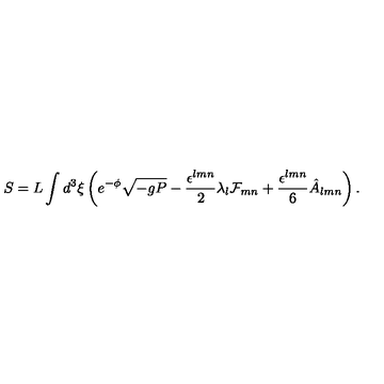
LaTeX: S = L \int d ^ { 3 } \xi \left( e ^ { - \phi } \sqrt { - g P } - \frac { \epsilon ^ { l m n } } { 2 } \lambda _ { l } { \cal F } _ { m n } + \frac { \epsilon ^ { l m n } } { 6 } \hat { A } _ { l m n } \right) .